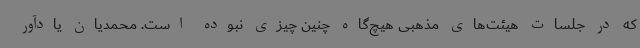
که در جلسات هیئت‌های مذهبی هیچ‌گاه چنین چیزی نبوده است. محمدیان یادآور